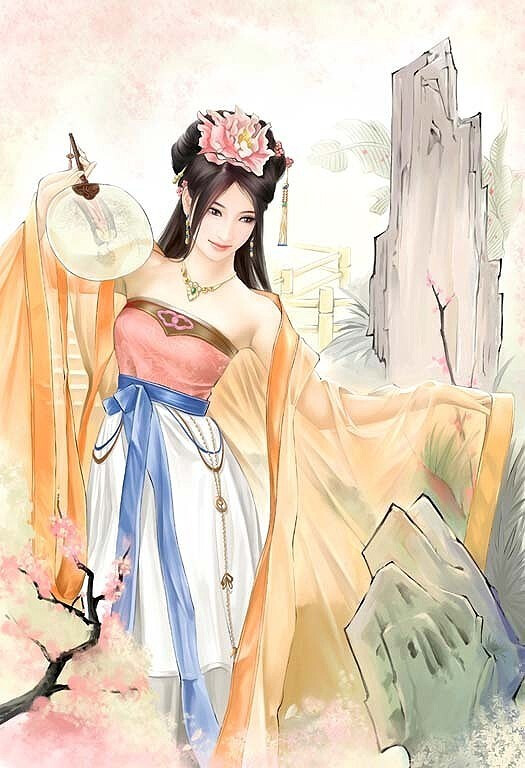
笑绿鬟邻女，倚窗犹唱，夕阳西下。